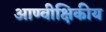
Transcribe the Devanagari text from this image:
आण्वीक्षिकीय